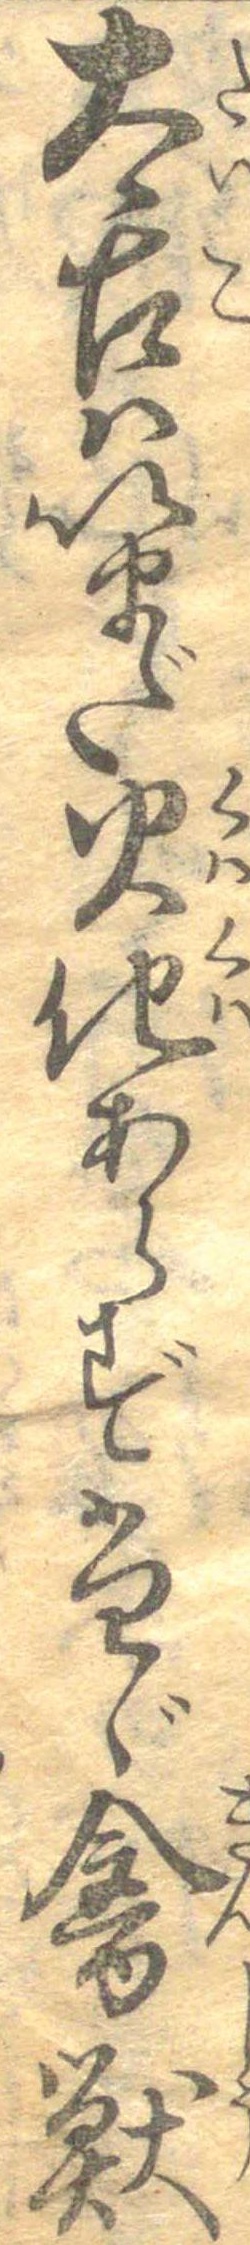
太古はいまだ火化あらずたゞ禽獣